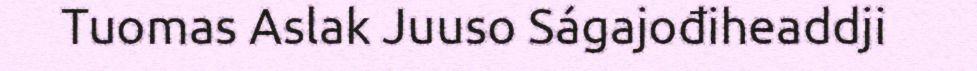
Tuomas Aslak Juuso Ságajođiheaddji